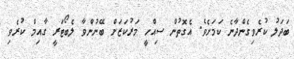
ބަދަލު ކުރެވިގެންދާނެ ކަމަށެވެ. އެގޮތުން ސިއްހީ މަރުކަޒަށް ބޭނުންވާ ލެބޯޓަރީ ގާއިމް ކުރެވި